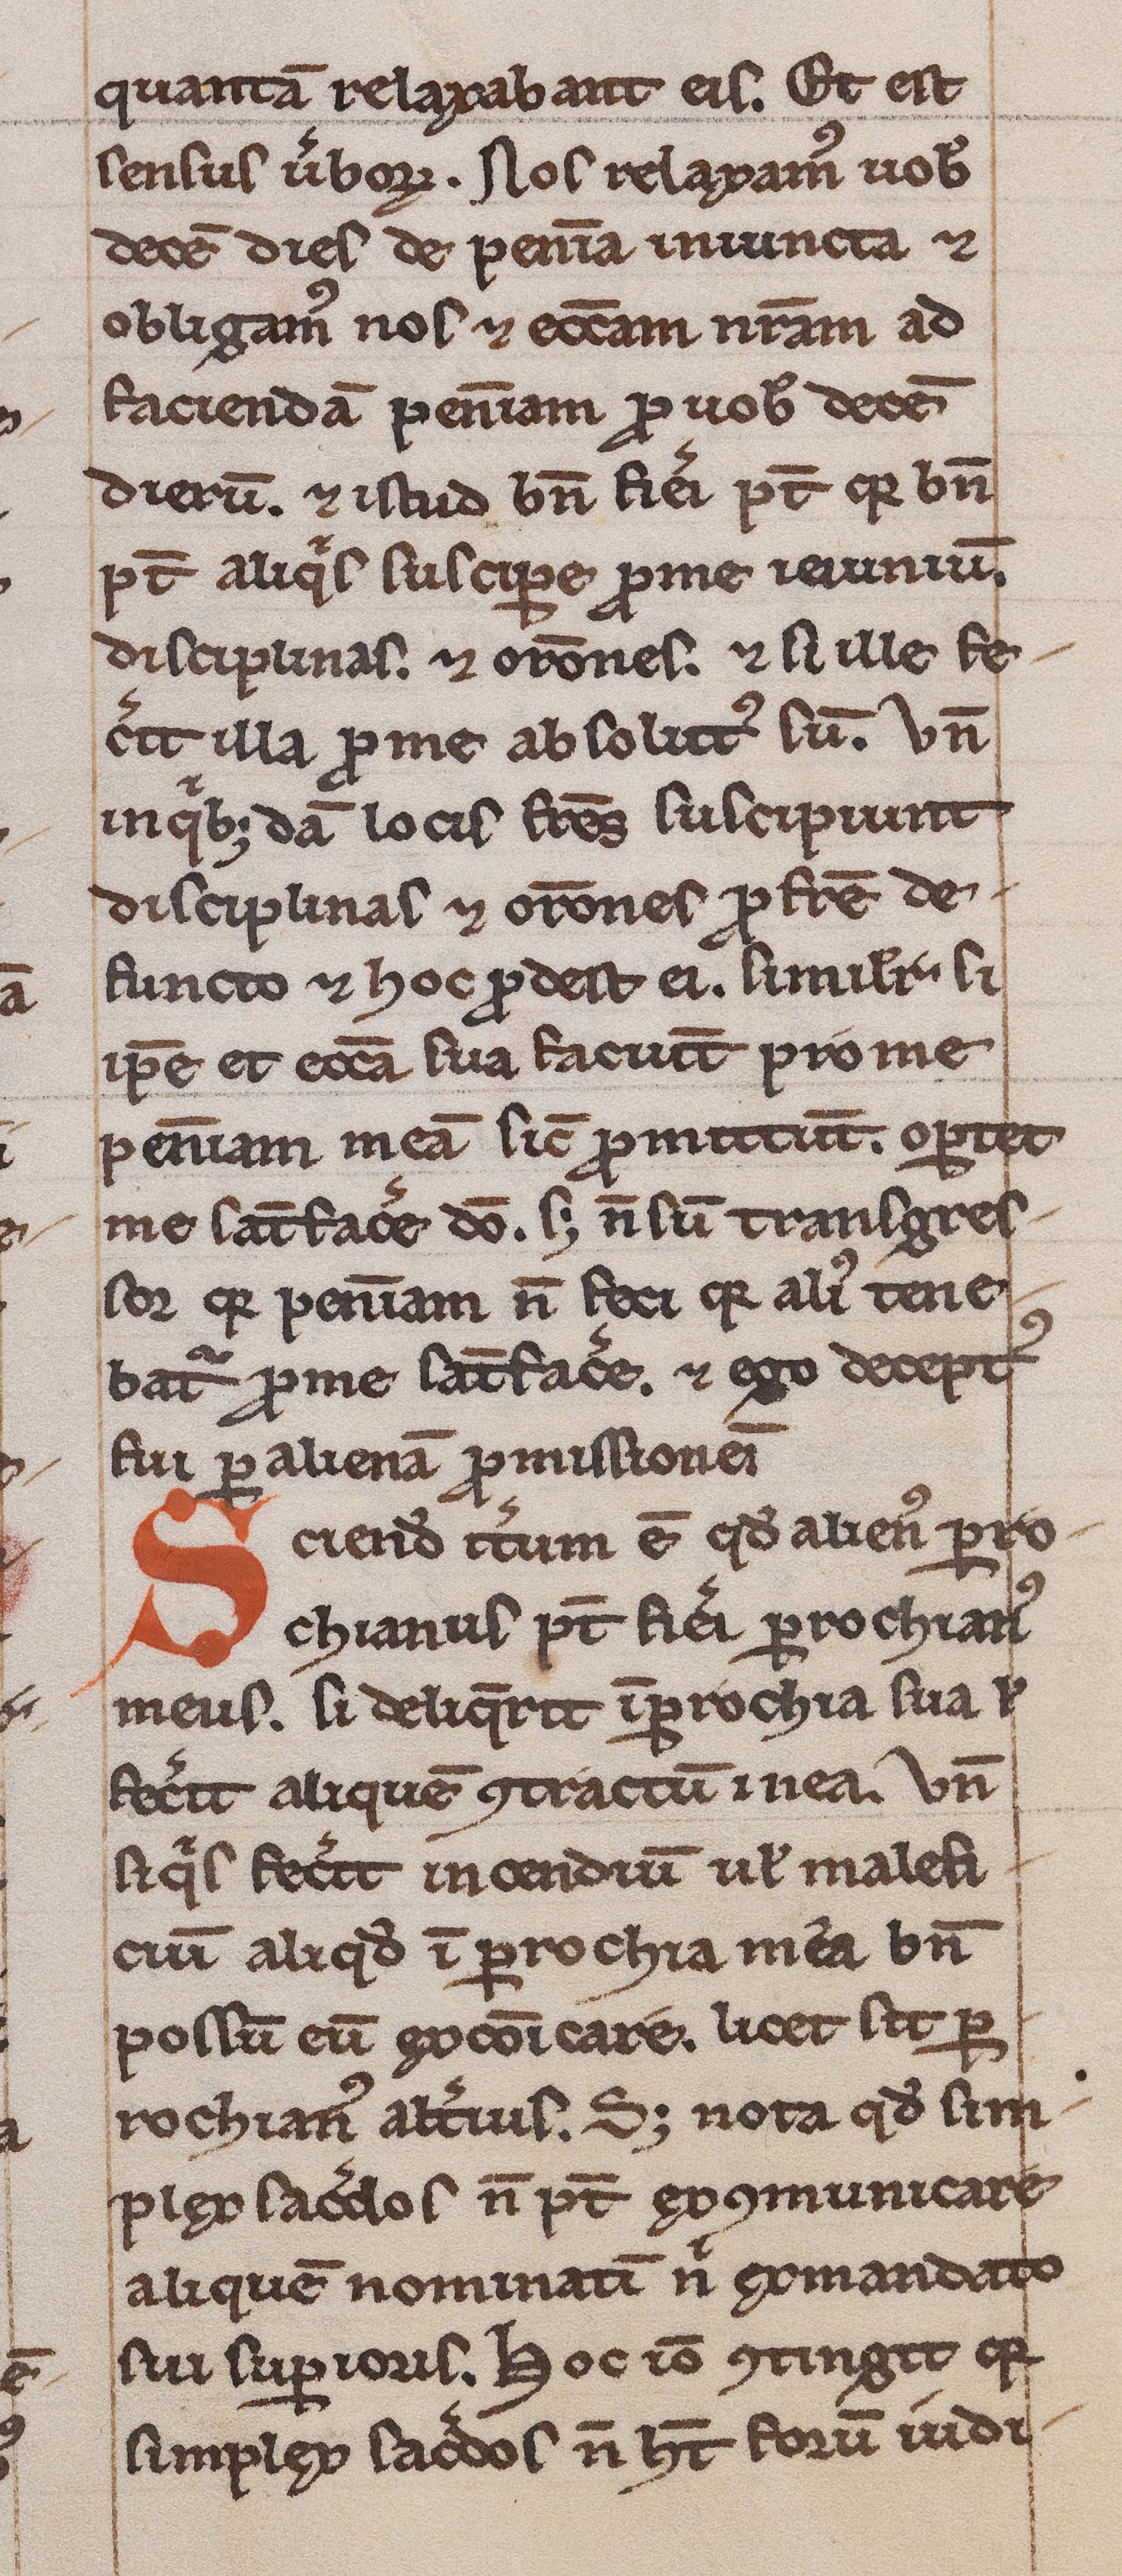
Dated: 1200–1249